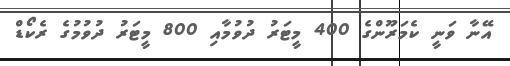
އޭނާ ވަނީ ކެމަރޫންގެ 400 މީޓަރު ދުވުމާއި 800 މީޓަރު ދުވުމުގެ ރެކޯޑް